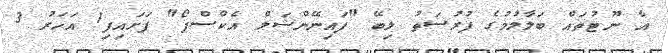
އާ ނޫޓުތައް ބަލާލުމުގެ ފުރުސަތު ލިބޭ "ފައިނޭންޝަލް އެކްސްޕޯ" ފަށައިފި1 އަހަރު 3